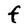
Character: F